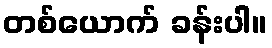
တစ်ယောက် ခန်းပါ။